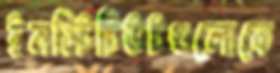
ইনস্টিটিউটগুলোকে